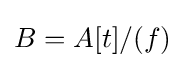
B=A[t]/(f)